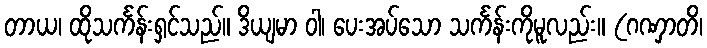
တာယ၊ ထိုသင်္ကန်းရှင်သည်။ ဒိယျမာ ဝါ၊ ပေးအပ်သော သင်္ကန်းကိုမူလည်း။ (ဂဏှာတိ၊